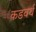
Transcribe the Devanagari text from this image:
कडवर्थ